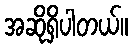
အဆိုရှိပါတယ်။